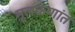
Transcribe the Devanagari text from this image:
मूलकणांत